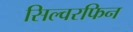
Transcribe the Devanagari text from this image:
सिल्वरफिन